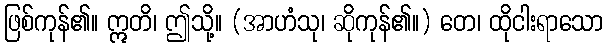
ဖြစ်ကုန်၏။ ဣတိ၊ ဤသို့။ (အာဟံသု၊ ဆိုကုန်၏။) တေ၊ ထိုငါးရာသော